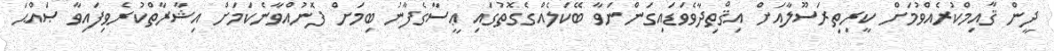
ދީން ޤާއިމްކުރެއްވުމަށް ކީރިތިރަސޫލާއަށް އިޤްތިދާވެވަޑައިގަންނަވާ ބޭކަލެއްގެގޮތުގައި ޢީސާގެފާނު ބިމަށް ފޮނުއްވާނެކަމަށް އިޝާރާތްކުރެވިފައިވާ ޞައްޙަ